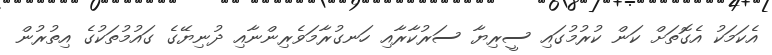
އެކަމަކު އެގޮތަށް ކަން ކުރުމުގައި ސީރިޔާ ސަރުކާރާއި ހަނގުރާމަވެރިންނާއި ދުނިޔޭގެ ގައުމުތަކުގެ އިތުރުން